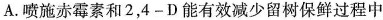
A. 喷施赤霉素和 2，4 - D 能有效减少留树保鲜过程中